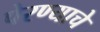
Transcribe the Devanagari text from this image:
पेरण्याचे